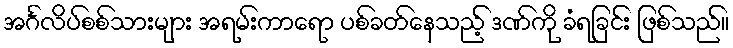
အင်္ဂလိပ်စစ်သားများ အရမ်းကာရော ပစ်ခတ်နေသည့် ဒဏ်ကို ခံရခြင်း ဖြစ်သည်။